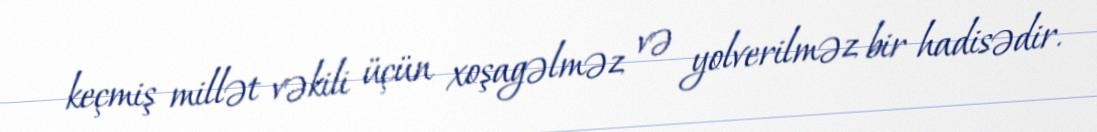
keçmiş millət vəkili üçün xoşagəlməz və yolverilməz bir hadisədir.